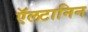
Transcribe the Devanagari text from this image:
ऍलटानिन